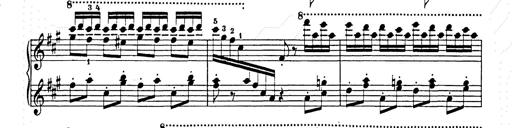
Title: Hungarian Rhapsody No.15
Composer: Franz Liszt
Key: A minor